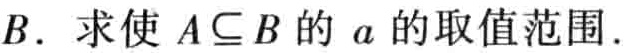
$B$. 求使 \(A\subseteq B\) 的 \(a\) 的取值范围.